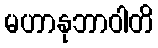
မဟာနုဘာဝါတိ